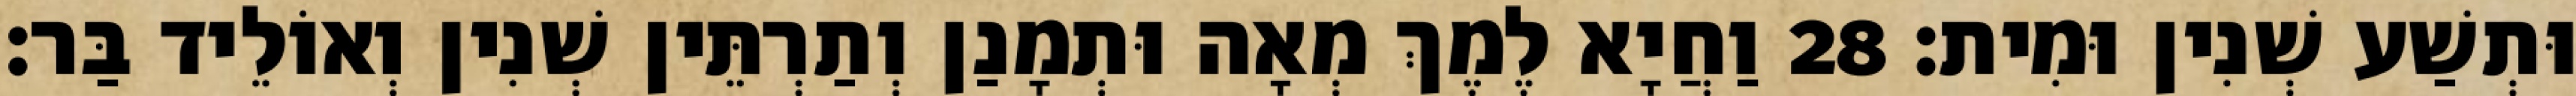
וּתְשַׁע שְׁנִין וּמִית׃ 28 וַחֲיָא לֶמֶךְ מְאָה וּתְמָנַן וְתַרְתֵּין שְׁנִין וְאוֹלֵיד בַּר׃